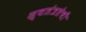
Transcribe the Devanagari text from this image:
स्वतंत्रतेची